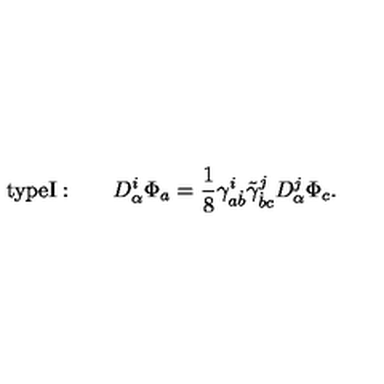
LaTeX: \mathrm { t y p e I : } \qquad D _ { \alpha } ^ { i } \Phi _ { a } = { \frac { 1 } { 8 } } \gamma _ { a \dot { b } } ^ { i } \tilde { \gamma } _ { \dot { b } c } ^ { j } D _ { \alpha } ^ { j } \Phi _ { c } .